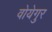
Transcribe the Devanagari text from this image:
वोयेगुर